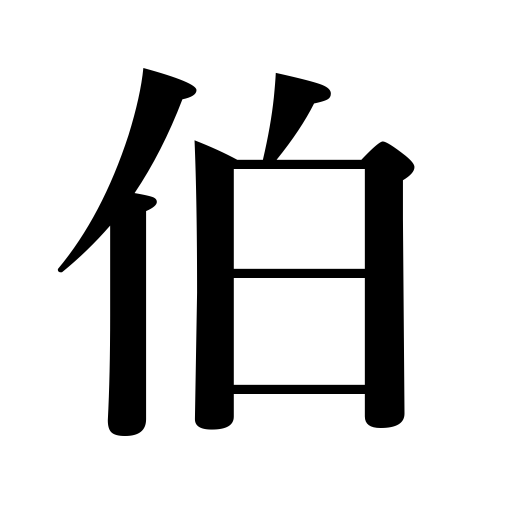
Meanings: count,uncle,earl,eldest brother,chief official